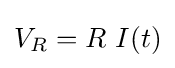
V_{R}=R\ I(t)